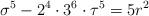
LaTeX: \begin{align*} \sigma^{5}-2^{4}\cdot 3^{6}\cdot\tau^{5}=5r^{2}\end{align*}